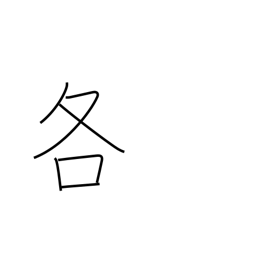
Meaning: either